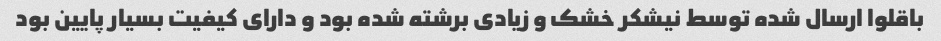
باقلوا ارسال شده توسط نیشکر خشک و زیادی برشته شده بود و دارای کیفیت بسیار پایین بود